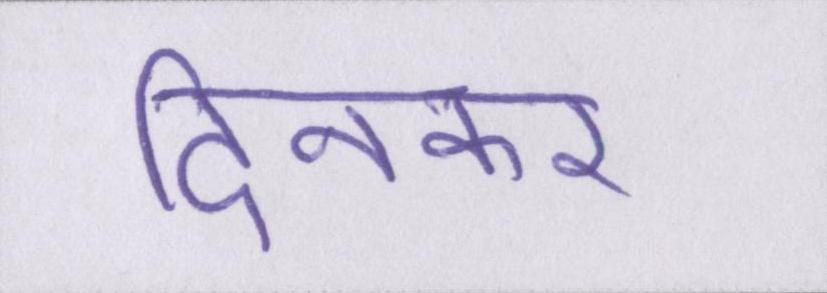
दिनकर